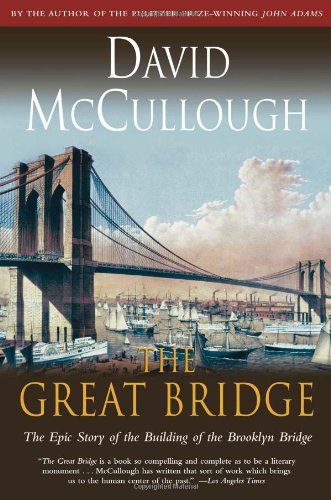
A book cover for The Great Bridge: The Epic Story of the Building of the Brooklyn Bridge; David McCullough; Engineering & Transportation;